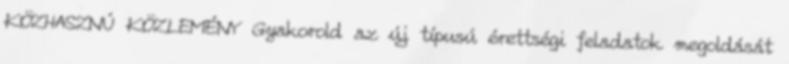
KÖZHASZNÚ KÖZLEMÉNY Gyakorold az új típusú érettségi feladatok megoldását